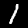
Label: 1